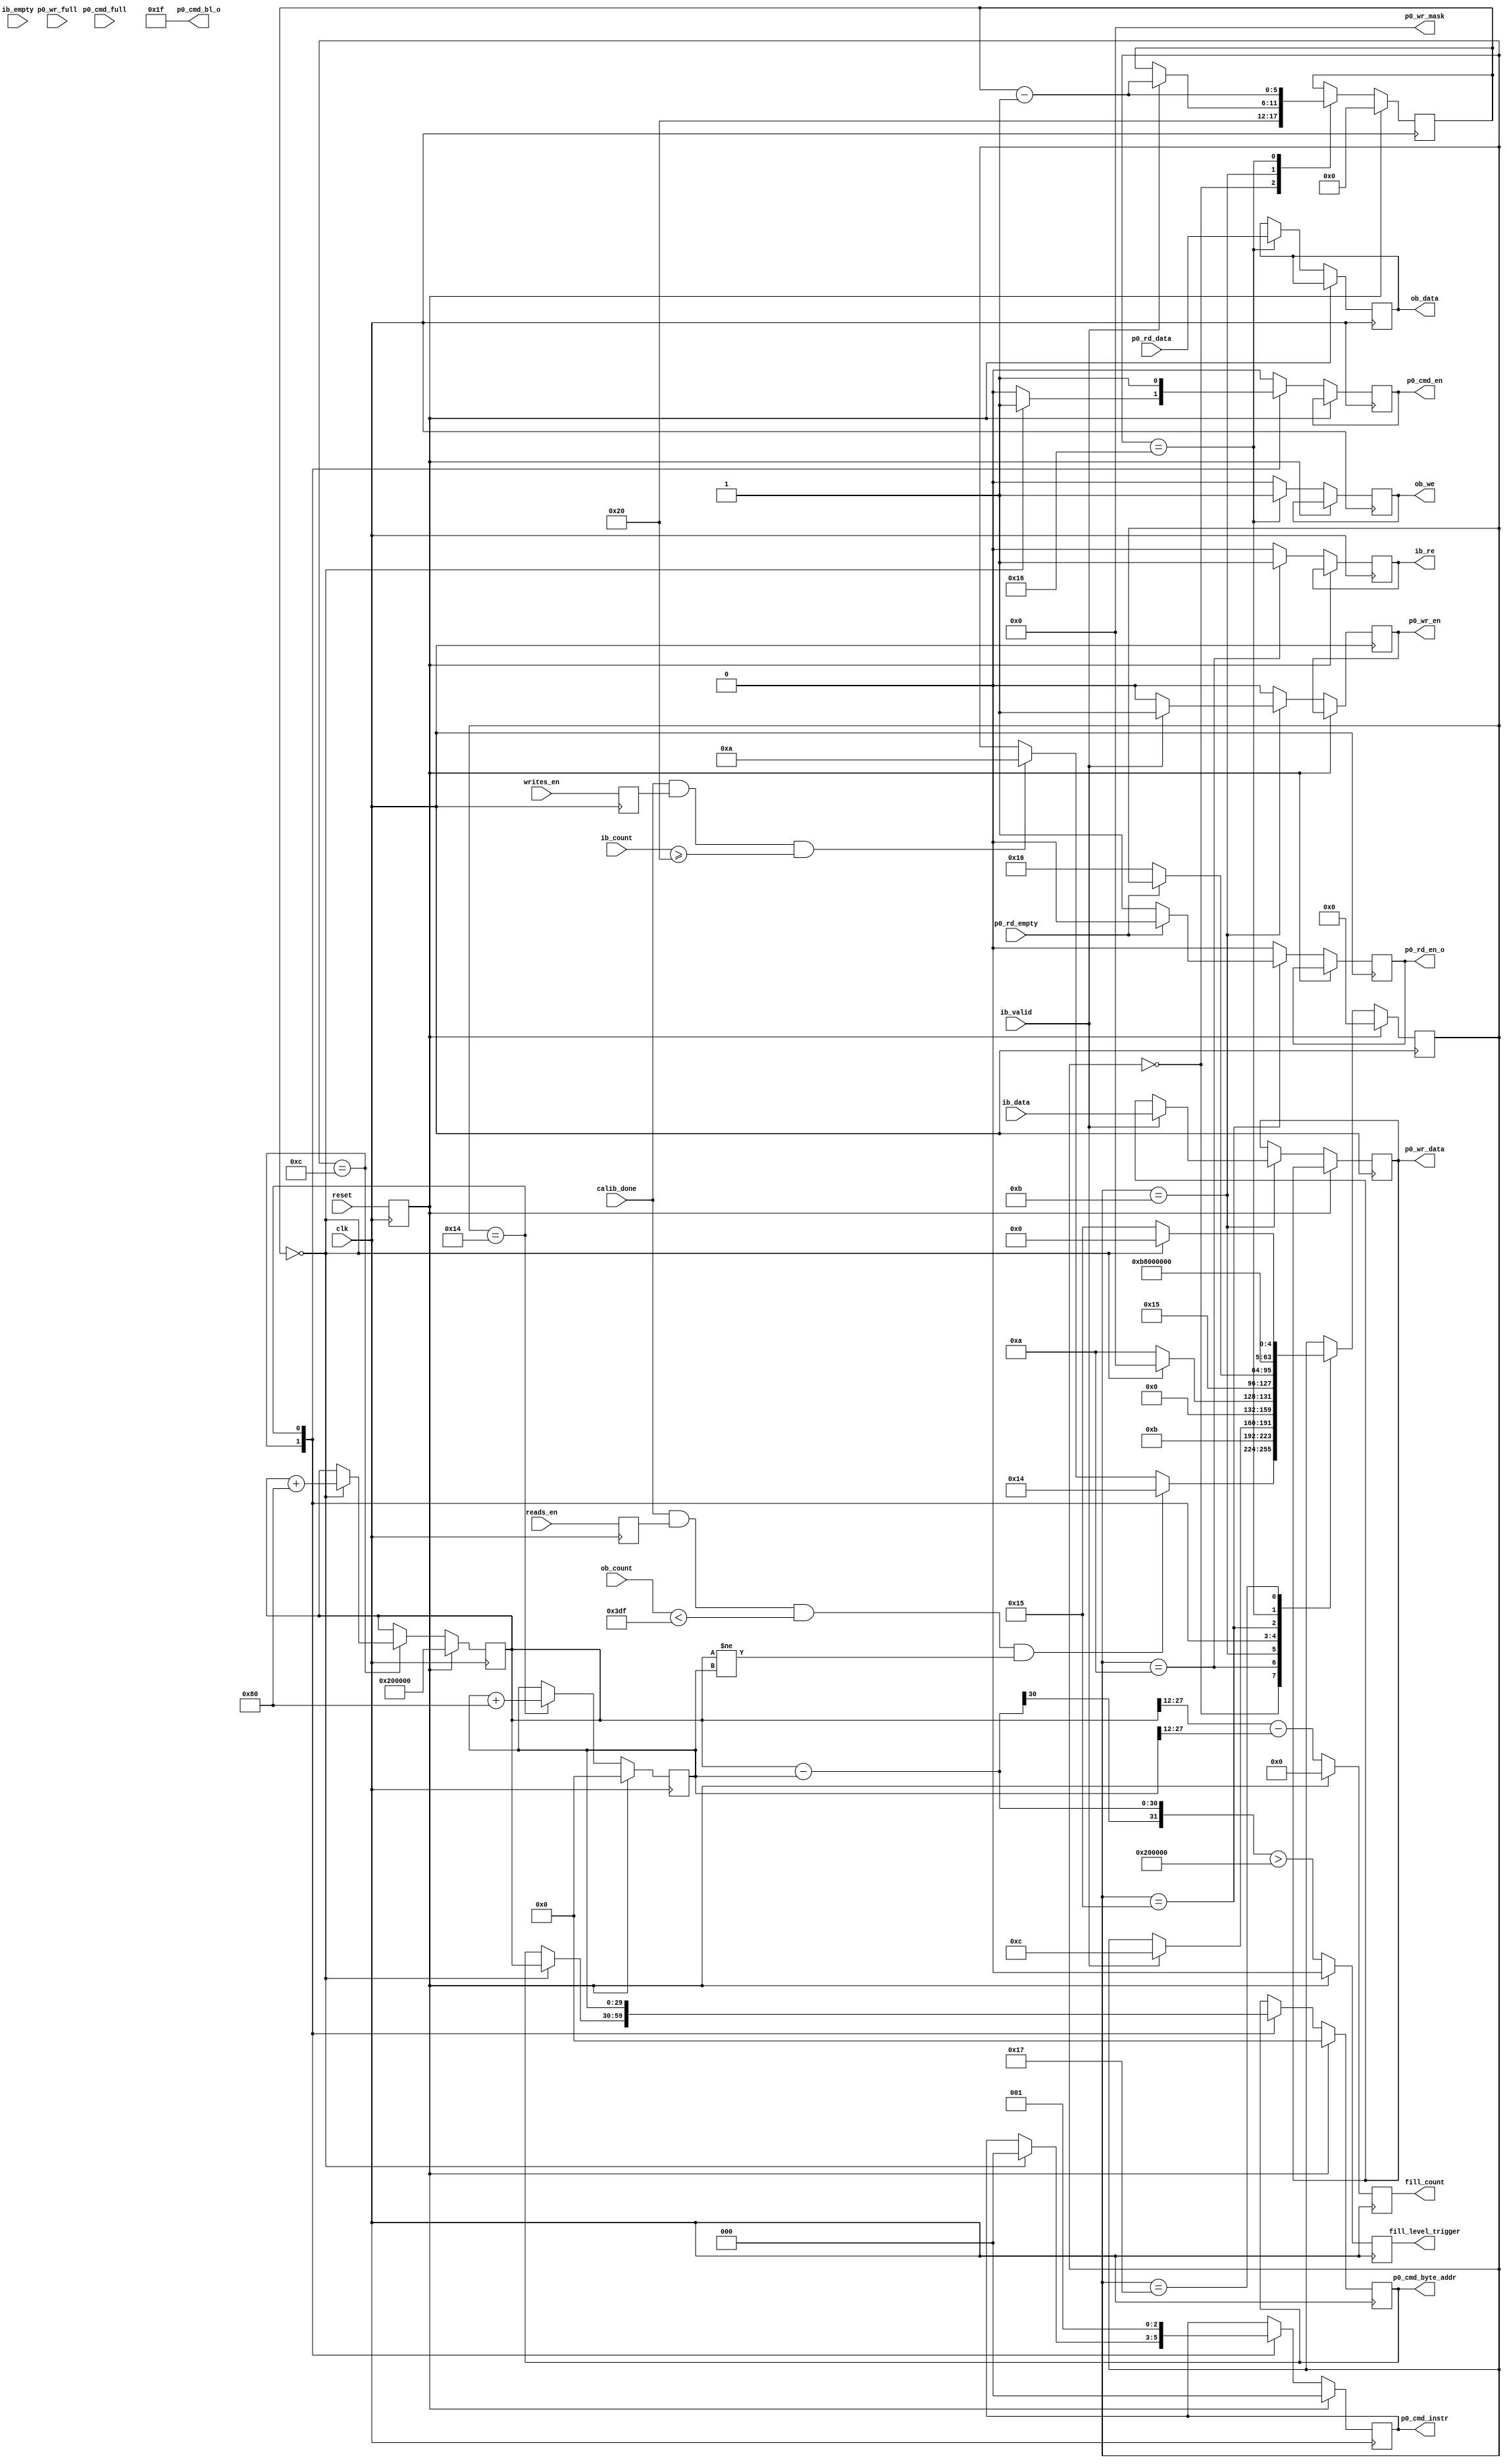

// 6/2012 JKR modified from OK MIG example for DDR2 FIFO logic


`timescale 1ns/1ps
//`default_nettype none

module ddr2_fifologic
	(
	input  wire          clk,
	input  wire          reset,
	input  wire          writes_en,
	input  wire          reads_en,
	input  wire          calib_done, 
	//DDR Input Buffer (ib_)
	output reg           ib_re,
	input  wire [31:0]   ib_data,
	input  wire [9:0]    ib_count,
	input  wire          ib_valid,
	input  wire          ib_empty,
	//DDR Output Buffer (ob_)
	output reg           ob_we,
	output reg  [31:0]   ob_data,
	input  wire [9:0]    ob_count,
	
	output reg           p0_rd_en_o, 
	input  wire          p0_rd_empty,
	input  wire [31:0]   p0_rd_data,
	
	input  wire          p0_cmd_full,
	output reg           p0_cmd_en,
	output reg  [2:0]    p0_cmd_instr,
	output reg  [29:0]   p0_cmd_byte_addr,
	output wire [5:0]    p0_cmd_bl_o, 
	input  wire          p0_wr_full,
	output reg           p0_wr_en,
	output reg  [31:0]   p0_wr_data,
	output wire [3:0]    p0_wr_mask,
	
	//JKR
	output reg 				fill_level_trigger,
	output reg [15:0]		fill_count
	);

localparam FIFO_SIZE      = 1024;
localparam BURST_LEN      = 32;  // Number of 32bit user words per command 
                                 // Must be multipleof two for this example       
											
wire        rd_fifo_afull;
reg  [29:0] cmd_byte_addr_wr, cmd_byte_addr_rd;
reg  [5:0]  burst_cnt;

reg         write_mode;
reg         read_mode;
reg         reset_d;


assign p0_cmd_bl_o = BURST_LEN - 1;
assign p0_wr_mask = 4'b0000;

always @(posedge clk) write_mode <= writes_en;
always @(posedge clk) read_mode <= reads_en;
always @(posedge clk) reset_d <= reset;

//JKR
localparam FIFO_LATENCY = 2*1024*1024;


integer state;
localparam s_idle  = 0,
           s_write1 = 10,
           s_write2 = 11,
           s_write3 = 12,
           s_read1 = 20,
           s_read2 = 21,
           s_read3 = 22,
           s_read4 = 23;
always @(posedge clk) begin
	if (reset_d) begin
		state           <= s_idle;
		burst_cnt       <= 3'b000;
		//cmd_byte_addr_wr  <= 0;
		cmd_byte_addr_wr  <= FIFO_LATENCY;   //JKR
		cmd_byte_addr_rd  <= 0;
		p0_cmd_instr <= 3'b0;
		p0_cmd_byte_addr <= 30'b0;
		
		//JKR
		fill_level_trigger <= 1'b0;
		fill_count <= 1'b0;
		
	end else begin
		p0_cmd_en  <= 1'b0;
		p0_wr_en <= 1'b0;
		ib_re <= 1'b0;
		p0_rd_en_o   <= 1'b0;
		ob_we <= 1'b0;

		//JKR
		fill_level_trigger <= (cmd_byte_addr_wr-cmd_byte_addr_rd)>FIFO_LATENCY;
		fill_count <= (cmd_byte_addr_wr[27:12]-cmd_byte_addr_rd[27:12]);
		
		case (state)
			s_idle: begin
				burst_cnt <= BURST_LEN;

				/*
				// only start writing when initialization done
				if (calib_done==1 && write_mode==1 && (ib_count >= BURST_LEN)) begin
					state <= s_write1;
				end else if (calib_done==1 && read_mode==1 && (ob_count<(FIFO_SIZE-1-BURST_LEN) ) ) begin
					state <= s_read1;
				end
				*/
				// JKR													** was 511 for XEM6010 **
				if (calib_done==1 && read_mode==1 && (ob_count<(FIFO_SIZE-1-BURST_LEN)) && (cmd_byte_addr_wr!=cmd_byte_addr_rd) ) begin
					state <= s_read1;
				end
				else if (calib_done==1 && write_mode==1 && (ib_count >= BURST_LEN)) begin
					state <= s_write1;
				end 
			end

			s_write1: begin
				state <= s_write2;
				ib_re <= 1'b1;
			end

			s_write2: begin
				if(ib_valid==1) begin
					p0_wr_data <= ib_data;
					p0_wr_en   <= 1'b1;
					burst_cnt <= burst_cnt - 1;
					state <= s_write3;
				end
			end
			
			s_write3: begin
				if (burst_cnt == 3'd0) begin
					p0_cmd_en    <= 1'b1;
					p0_cmd_byte_addr <= cmd_byte_addr_wr;
					cmd_byte_addr_wr <= cmd_byte_addr_wr + 4*BURST_LEN;
					p0_cmd_instr     <= 3'b000;
					state <= s_idle;
				end else begin
					state <= s_write1;
				end
			end

			s_read1: begin
				p0_cmd_byte_addr <= cmd_byte_addr_rd;
				cmd_byte_addr_rd <= cmd_byte_addr_rd + 4*BURST_LEN;
				p0_cmd_instr     <= 3'b001;
				p0_cmd_en    <= 1'b1;
				state <= s_read2;
			end
			
			s_read2: begin
				if(p0_rd_empty==0) begin
					p0_rd_en_o <= 1'b1;
					state <= s_read3;
				end
			end
			
			s_read3: begin
				ob_data <= p0_rd_data;
				ob_we <= 1'b1;
				burst_cnt <= burst_cnt - 1;
				state <= s_read4;
			end
			
			s_read4: begin
				if (burst_cnt == 3'd0) begin
					state <= s_idle;
				end else begin
					state <= s_read2;
				end
			end

			
				
		endcase
	end
end


endmodule